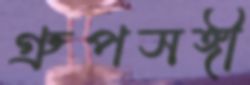
গ্রুপসঙ্গী